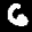
Label: 6